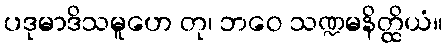
ပဒုမာဒိသမူဟေ တု၊ ဘဝေ သဏ္ဍမနိတ္ထိယံ။